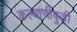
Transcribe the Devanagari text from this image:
कल्याणीकुट्टी